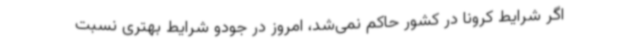
اگر شرایط کرونا در کشور حاکم نمی‌شد، امروز در جودو شرایط بهتری نسبت